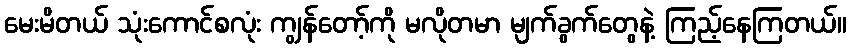
မေးမိတယ် သုံးကောင်စလုံး ကျွန်တော့်ကို မလိုတမာ မျက်ခွက်တွေနဲ့ ကြည့်နေကြတယ်။